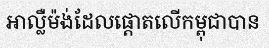
អាល្លឺម៉ង់ដែលផ្តោតលើកម្ពុជាបាន